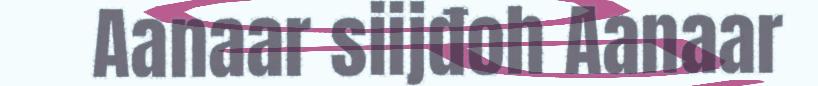
Aanaar siijđoh Aanaar